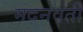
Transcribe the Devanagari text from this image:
मदनवती